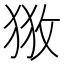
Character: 𢼥